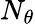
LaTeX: N_{\theta}